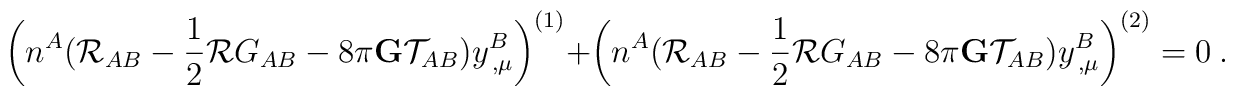
\left(n^{A}({\cal R}_{AB}-\frac{1}{2}{\cal R}G_{AB} -8\pi{\bf G}    {\cal T}_{AB})y^{B}_{\,,\mu} \right)^{(1)}    +\left(n^{A}({\cal R}_{AB}-\frac{1}{2}{\cal R}G_{AB} -8\pi{\bf G}    {\cal T}_{AB})y^{B}_{\,,\mu} \right)^{(2)} =0~.